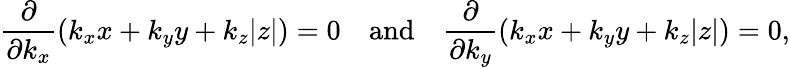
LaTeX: \frac{\partial}{\partial k_{x}}(k_{x}x+k_{y}y+k_{z}|z|)=0\quad\mathrm{and}\quad\frac{\partial}{\partial k_{y}}(k_{x}x+k_{y}y+k_{z}|z|)=0,